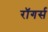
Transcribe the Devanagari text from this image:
रॉगर्स